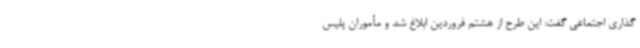
گذاری اجتماعی گفت: این طرح از هشتم فروردین ابلاغ شد و مأموران پلیس